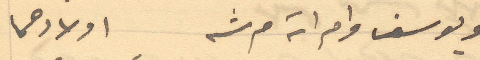
ويوسف وامراته مرشه اولادهما